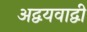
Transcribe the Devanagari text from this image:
अद्वयवाद्वी